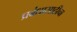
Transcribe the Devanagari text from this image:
प्रबंधासाठीचा